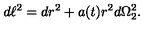
d \ell ^ { 2 } = d r ^ { 2 } + a ( t ) r ^ { 2 } d \Omega _ { 2 } ^ { 2 } .